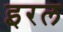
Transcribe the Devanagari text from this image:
इरल